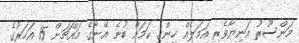
މަންސޫރު އަނިޔާވެރި އަމަލެއް ހިންގި ކަމަށް ބުނެ އޭނާގެ މައްޗަށް 15 އަހަރުގެ